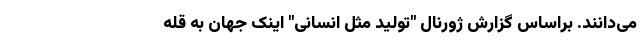
می‌دانند. براساس گزارش ژورنال "تولید مثل انسانی" اینک جهان به قله